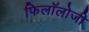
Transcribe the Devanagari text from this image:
फिलॉलोजी